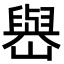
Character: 𡽬